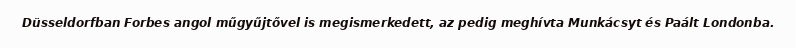
Düsseldorfban Forbes angol műgyűjtővel is megismerkedett, az pedig meghívta Munkácsyt és Paált Londonba.